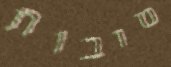
טובות